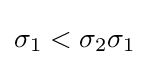
\sigma _{1}<\sigma _{2}\sigma _{1}